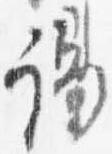
謁